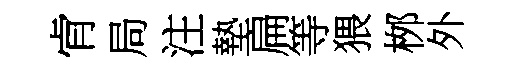
肻局注墊扁等猥桞外